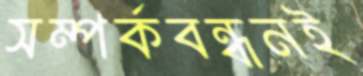
সম্পর্কবন্ধনই